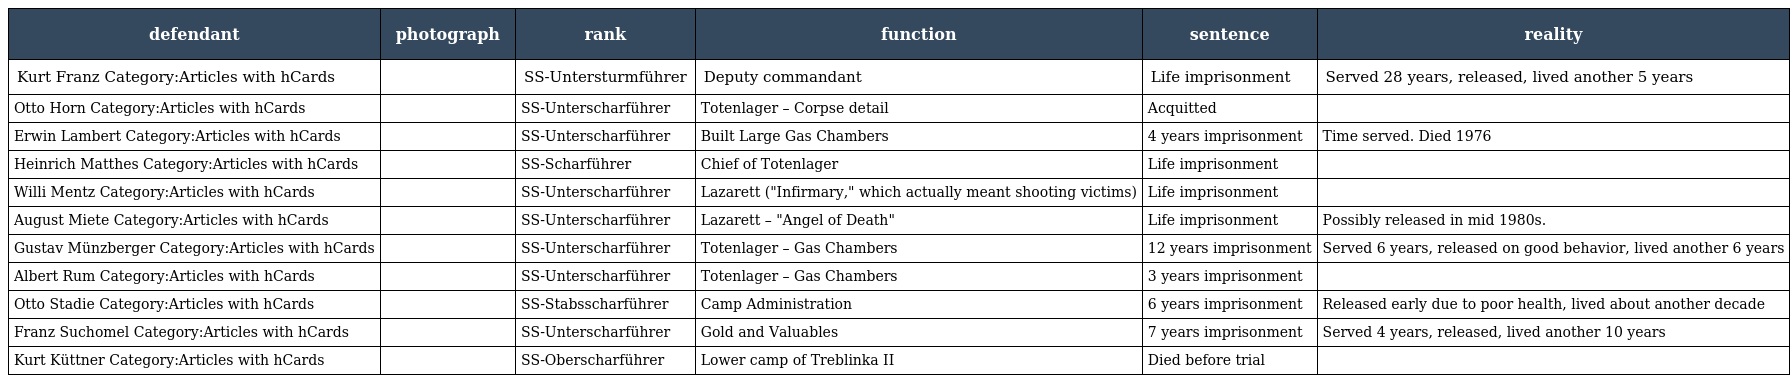
| defendant | photograph | rank | function | sentence | reality |
 | --- | --- | --- | --- | --- | --- |
 | Kurt Franz Category:Articles with hCards |  | SS-Untersturmführer | Deputy commandant | Life imprisonment | Served 28 years, released, lived another 5 years |
 | Otto Horn Category:Articles with hCards |  | SS-Unterscharführer | Totenlager – Corpse detail | Acquitted |  |
 | Erwin Lambert Category:Articles with hCards |  | SS-Unterscharführer | Built Large Gas Chambers | 4 years imprisonment | Time served. Died 1976 |
 | Heinrich Matthes Category:Articles with hCards |  | SS-Scharführer | Chief of Totenlager | Life imprisonment |  |
 | Willi Mentz Category:Articles with hCards |  | SS-Unterscharführer | Lazarett ("Infirmary," which actually meant shooting victims) | Life imprisonment |  |
 | August Miete Category:Articles with hCards |  | SS-Unterscharführer | Lazarett – "Angel of Death" | Life imprisonment | Possibly released in mid 1980s. |
 | Gustav Münzberger Category:Articles with hCards |  | SS-Unterscharführer | Totenlager – Gas Chambers | 12 years imprisonment | Served 6 years, released on good behavior, lived another 6 years |
 | Albert Rum Category:Articles with hCards |  | SS-Unterscharführer | Totenlager – Gas Chambers | 3 years imprisonment |  |
 | Otto Stadie Category:Articles with hCards |  | SS-Stabsscharführer | Camp Administration | 6 years imprisonment | Released early due to poor health, lived about another decade |
 | Franz Suchomel Category:Articles with hCards |  | SS-Unterscharführer | Gold and Valuables | 7 years imprisonment | Served 4 years, released, lived another 10 years |
 | Kurt Küttner Category:Articles with hCards |  | SS-Oberscharführer | Lower camp of Treblinka II | Died before trial |  |